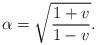
LaTeX: \begin{align*}\alpha= \sqrt{\frac{1+v}{1-v}}. \end{align*}